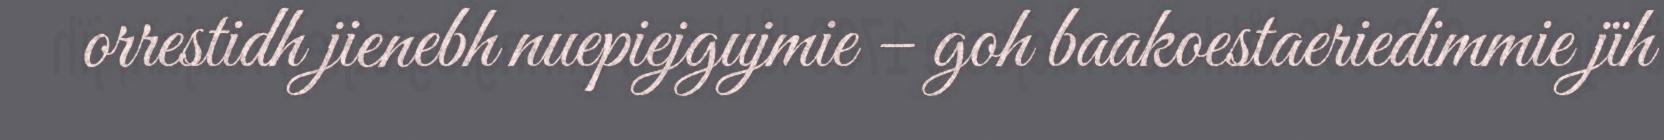
orrestidh jienebh nuepiejgujmie – goh baakoestaeriedimmie jïh